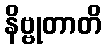
နိဗ္ဗုတာတိ